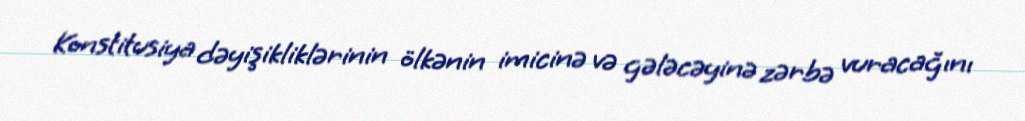
Konstitusiya dəyişikliklərinin ölkənin imicinə və gələcəyinə zərbə vuracağını